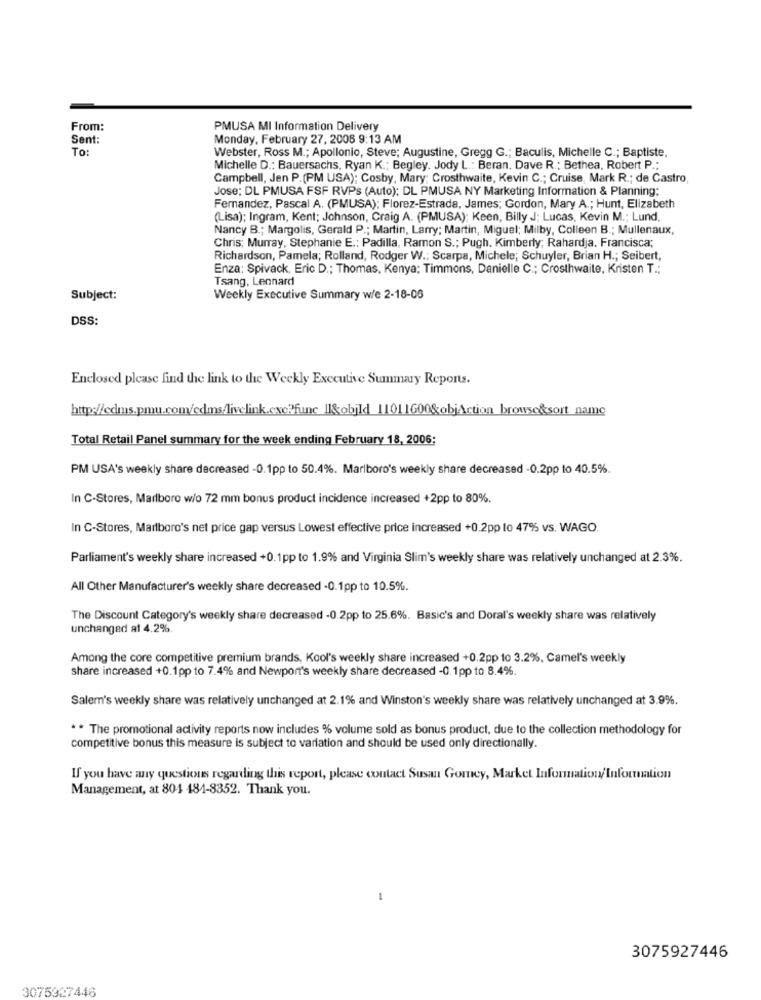
From:
PMUSA MI Information Delivery
Sent:
Monday, February 27, 2008 9:13 AM
To:
Webster, Ross M .; Apollonio, Steve; Augustine, Gregg G .; Baculis, Michelle C .; Baptiste.
Michelle D .: Bauersachs, Ryan K .: Begley. Jody L .: Beran. Dave R .; Bethea, Robert P .:
Campbell, Jen P.(PM USA); Cosby, Mary; Crosthwaite, Kevin C .; Cruise, Mark R .; de Castro,
Jose; DL PMUSA FSF RVPs (Auto); DL PMUSA NY Marketing Information & Planning:
Fernandez, Pascal A. (PMUSA); Florez-Estrada, James; Gordon, Mary A .; Hunt, Elizabeth
(Lisa); Ingram, Kent; Johnson, Craig A. (PMUSA); Keen, Billy J; Lucas, Kevin M .; Lund,
Nancy B .; Margolis, Gerald P .; Martin, Larry; Martin, Miguel; Milby, Colleen B .; Mullenaux,
Chris; Murray, Stephanie E .: Padilla, Ramon S .; Pugh, Kimberly; Rahardja. Francisca;
Richardson, Pamela; Rolland, Rodger W .: Scarpa, Michele; Schuyler, Brian H .; Seibert,
Enza: Spivack, Eric D .; Thomas, Kenya; Timmons, Danielle C .; Crosthwaite, Kristen T .;
Tsang, Lennard
Subject:
Weekly Executive Summary w/e 2-18-06
DSS:
Enclosed please find the link to the Weekly Executive Summary Reports.
http://cdms.pmu.com/cdms/livelink.cxc.func_Il&objld_11011600&objAction_browse&sort_name
Total Retail Panel summary for the week ending February 18, 2006;
PM USA's weekly share decreased -0.1pp to 50.4%. Marlboro's weekly share decreased -0.2pp to 40.5%.
In C-Stores, Marlboro w/o 72 mm bonus product incidence increased +2pp to 80%.
In C-Stores, Marlboro's net price gap versus Lowest effective price increased +0.2pp lo 47% vs. WAGO.
Parliament's weekly share increased +0.1pp to 1.9% and Virginia Slim's weekly share was relatively unchanged at 2.3%.
All Other Manufacturer's weekly share decreased -0.1pp to 10.5%.
The Discount Category's weekly share decreased -0.2pp to 25.6%. Basic's and Doral's weekly share was relatively
unchanged at 4.2%
Among the core competitive premium brands, Kool's weekly share increased +0.2pp to 3.2%, Camel's weekly
share increased +0.1pp to 7.4% and Newport's weekly share decreased -0.1pp to 8.4%.
Salem's weekly share was relatively unchanged at 2.1% and Winston's weekly share was relatively unchanged at 3.9%.
** The promotional activity reports now includes % volume sold as bonus product, due to the collection methodology for
competitive bonus this measure is subject to variation and should be used only directionally.
If you have any questions regarding this report, please contact Susan Gomey, Market Information/ Information
Management, at 804 484-8352. Thank you.
3075927446
3075927446